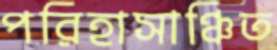
পরিহাসাঞ্চিত